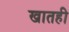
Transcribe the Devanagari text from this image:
खातही